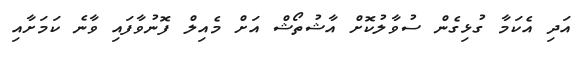
އަދި އެކަމާ ގުޅިގެން ސުވާލުކޮށް އާޝުތޯޝް އަށް މެއިލް ފޮނުވާފައި ވާނެ ކަމަށާއި